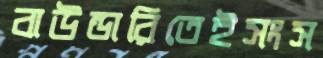
বাউন্ডারিতেইসংস